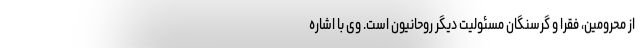
از محرومین، فقرا و گرسنگان مسئولیت دیگر روحانیون است. وی با اشاره